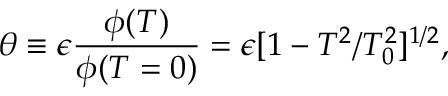
\theta \equiv \epsilon \frac { \phi ( T ) } { \phi ( T = 0 ) } = \epsilon [ 1 - T ^ { 2 } / T _ { 0 } ^ { 2 } ] ^ { 1 / 2 } ,